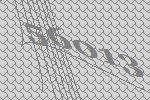
56013